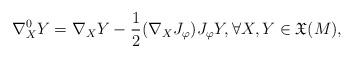
LaTeX: \begin{align*}\nabla^{0}_X Y = \nabla_X Y -\frac{1}{2}( \nabla_X J_{\varphi}) J_{\varphi}Y, \forall X, Y \in {\mathfrak X} (M),\end{align*}